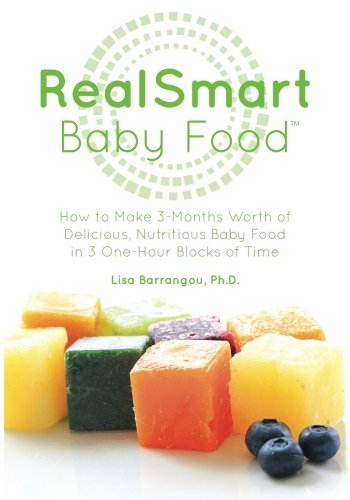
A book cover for RealSmart Baby Food: How to Make 3-Months Worth of Delicious, Nutritious Baby Food In 3 One-Hour Blocks of Time; Lisa Barrangou Ph.D.; Cookbooks, Food & Wine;